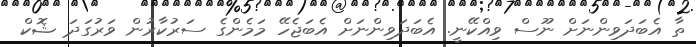
ތާ އެބަދަވިންނަށް ނޫސް ވިއްކޭނީ. އެބަދަވިންނަށް އެބަޖެހޭ މަމެންގެ ސަރުކާރުން ވަރުގަދަ ޝޮކް